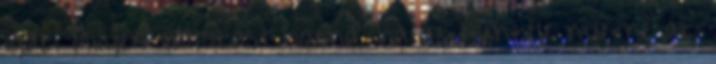
igazi Milyen változást hozna, ha az ellenzék nyerné az.